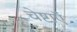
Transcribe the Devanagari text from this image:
चेष्टाऍं